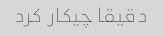
دقیقا چیکار کرد